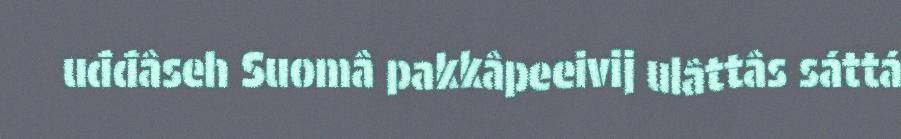
uđđâseh Suomâ pakkâpeeivij ulâttâs sáttá